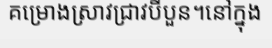
គម្រោងស្រាវជ្រាវបីបួន។នៅក្នុង